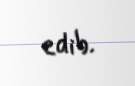
edib.